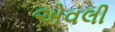
એવલી